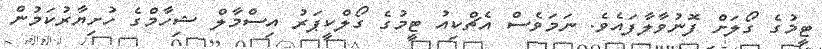
ޓީމުގެ ގޯލަށް ފޮނުވާލާފައެވެ. ނަމަވެސް އެޗްކިއު ޓީމުގެ ގޯލްކީޕަރު އިސްމާލް ޝިހާމްގެ ހުށިޔާރުކަމުން